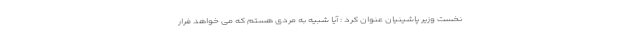
نخست وزیر پاشینیان عنوان کرد : آیا شبیه به مردی هستم که می خواهد فرار